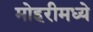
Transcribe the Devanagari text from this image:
मोहरीमध्ये